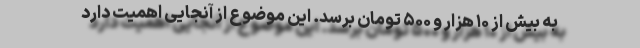
به بیش از ۱۰ هزار و ۵۰۰ تومان برسد. این موضوع از آنجایی اهمیت دارد